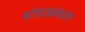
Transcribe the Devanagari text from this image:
भोपाळमधला